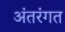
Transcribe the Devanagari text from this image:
अंतरंगत